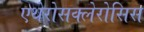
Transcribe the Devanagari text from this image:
एथेरोसक्लेरोसिस